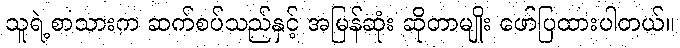
သူရဲ့စာသားက ဆက်စပ်သည်နှင့် အမြန်ဆုံး ဆိုတာမျိုး ဖော်ပြထားပါတယ်။